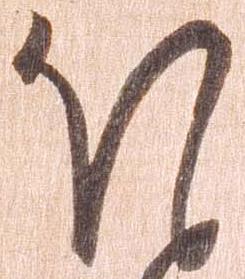
ほ